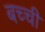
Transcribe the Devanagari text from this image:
बच्‍ची